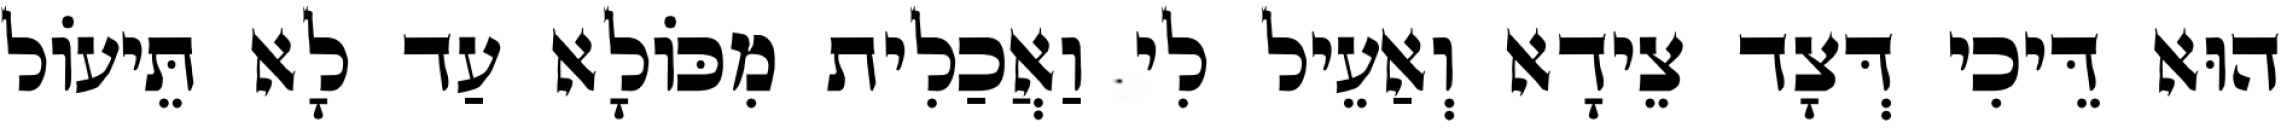
הוּא דֵּיכִי דְּצָד צֵידָא וְאַעֵיל לִי וַאֲכַלִית מִכּוֹלָא עַד לָא תֵּיעוֹל